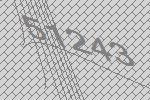
51243